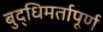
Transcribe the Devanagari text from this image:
बुद्धिमर्तापूर्ण